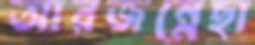
আরজন্নেছা